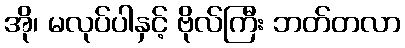
အို၊ မလုပ်ပါနှင့် ဗိုလ်ကြီး ဘတ်တလာ